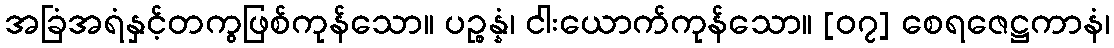
အခြံအရံနှင့်တကွဖြစ်ကုန်သော။ ပဉ္စန္နံ၊ ငါးယောက်ကုန်သော။ [၀၇] စေရဇေဋ္ဌကာနံ၊